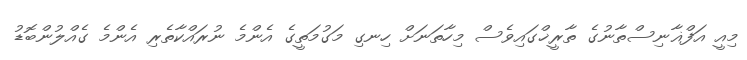
މިއީ އަފްޣާނިސްތާނުގެ ތާރީޚްގައިވެސް މިހާތަނަށް ހިނގި މަގުމަތީގެ އެންމެ ނުރައްކާތެރި އެންމެ ގެއްލުންބޮޑު